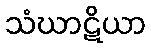
သံဃာဋိယာ